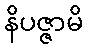
နိပဇ္ဇာမိ